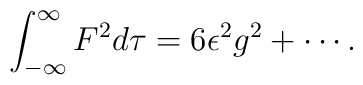
\int_{-\infty}^\infty F^2 d\tau = 6 \epsilon^2 g^2 + \cdots .